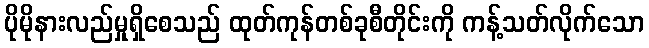
ပိုမိုနားလည်မှုရှိစေသည် ထုတ်ကုန်တစ်ခုစီတိုင်းကို ကန့်သတ်လိုက်သော